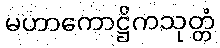
မဟာကောဋ္ဌိကသုတ္တံ